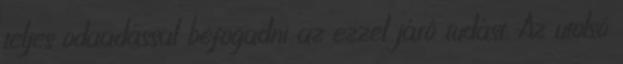
teljes odaadással befogadni az ezzel járó tudást. Az utolsó